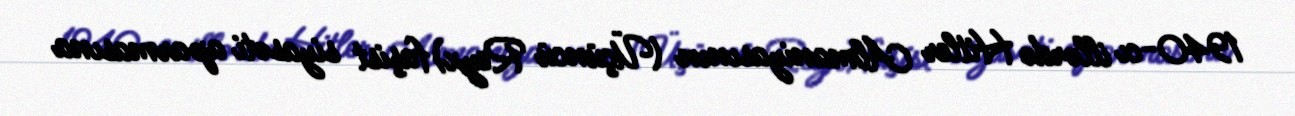
1940-cı illərdə Hitler Almaniyasının (Üçüncü Reyx) faşist siyasəti aparmasına